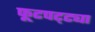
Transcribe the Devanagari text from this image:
फूटपट्ट्या